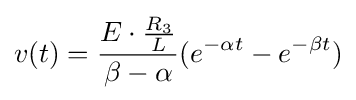
v(t)={\frac {E\cdot {\frac {R_{3}}{L}}}{\beta -\alpha }}(e^{-\alpha t}-e^{-\beta t})